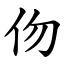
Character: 伆